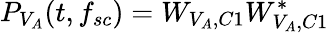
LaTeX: P_{V_{A}}(t,f_{sc})=W_{V_{A},C1}W_{V_{A},C1}^{*}